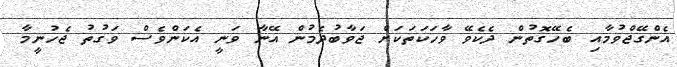
އެންގޭޖްވުމާއި ބެހޭގޮތުން ދެކެވޭ ވާހަކަތަކަށް ޖަވާބުދެމުން އޭނާ ވަނީ އެކަންވެސް ވަގުތު ޖެހުނީމާ